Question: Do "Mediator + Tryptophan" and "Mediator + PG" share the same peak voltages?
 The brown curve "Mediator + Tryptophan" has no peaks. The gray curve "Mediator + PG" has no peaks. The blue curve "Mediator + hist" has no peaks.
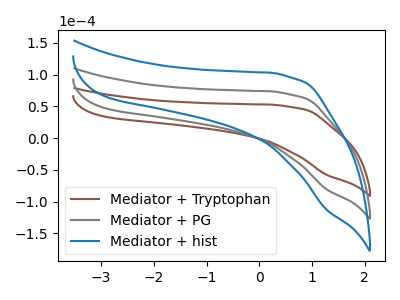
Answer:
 <answer>Niether CV has any peaks.</answer>
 <eval>blanks</eval>